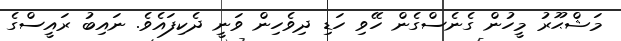
މަޝްޙޫރު މީހުން ގެނެސްގެން ހޭވި ހަޑި ދިވެހިން ވަނީ ދެކިފައެވެ. ނައިބު ރައީސްގެ